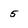
Character: 5